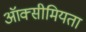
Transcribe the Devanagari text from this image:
ऑक्सीमियता